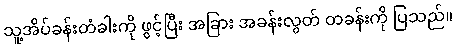
သူ့အိပ်ခန်းတံခါးကို ဖွင့်ပြီး အခြား အခန်းလွတ် တခန်းကို ပြသည်။